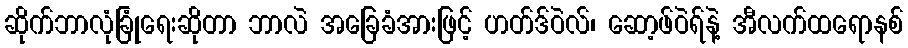
ဆိုက်ဘာလုံခြုံရေးဆိုတာ ဘာလဲ အခြေခံအားဖြင့် ဟတ်ဒ်ဝဲလ်၊ ဆော့ဖ်ဝဲရ်နဲ့ အီလက်ထရောနစ်